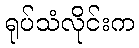
ရုပ်သံလိုင်းက